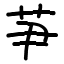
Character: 芛